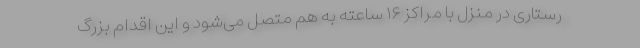
رستاری در منزل با مراکز ۱۶ ساعته به هم متصل می‌شود و این اقدام بزرگ